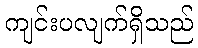
ကျင်းပလျက်ရှိသည်